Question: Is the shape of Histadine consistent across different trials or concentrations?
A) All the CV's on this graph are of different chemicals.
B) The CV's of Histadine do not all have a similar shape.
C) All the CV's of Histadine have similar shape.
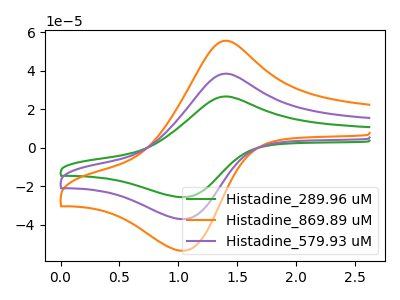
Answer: <think>The green curve "Histadine_289.96 uM" has an anodic peak at (1.35V, 26.55uA) and a cathodic peak at (1.05V, -25.70uA). The orange curve "Histadine_869.89 uM" has an anodic peak at (1.35V, 76.70uA) and a cathodic peak at (1.05V, -74.20uA). The purple curve "Histadine_579.93 uM" has an anodic peak at (1.35V, 38.35uA) and a cathodic peak at (1.05V, -37.10uA).
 All the peaks in "Histadine_289.96 uM" have a peak in "Histadine_869.89 uM" at the same potential. Every peak in "Histadine_289.96 uM" is lower than every peak in "Histadine_869.89 uM". All the peaks in "Histadine_289.96 uM" have a peak in "Histadine_579.93 uM" at the same potential. Every peak in "Histadine_289.96 uM" is lower than every peak in "Histadine_579.93 uM". All the peaks in "Histadine_869.89 uM" have a peak in "Histadine_579.93 uM" at the same potential. Every peak in "Histadine_869.89 uM" is higher than every peak in "Histadine_579.93 uM".</think>
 <answer>C) All the CV's of "Histadine" have similar shape.</answer>
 <eval>C</eval>